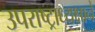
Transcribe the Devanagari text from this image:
उपराष्ट्राध्यक्षाने